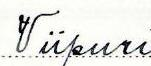
Viipuri